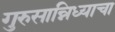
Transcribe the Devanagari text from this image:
गुरुसान्निध्याचा